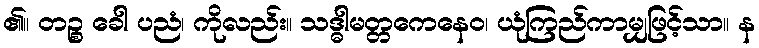
၏။ တဉ္စ ခေါ ပညံ၊ ကိုလည်း။ သဒ္ဓါမတ္တကေနေဝ၊ ယုံကြည်ကာမျှဖြင့်သာ။ န